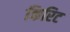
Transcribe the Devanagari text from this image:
किरिट